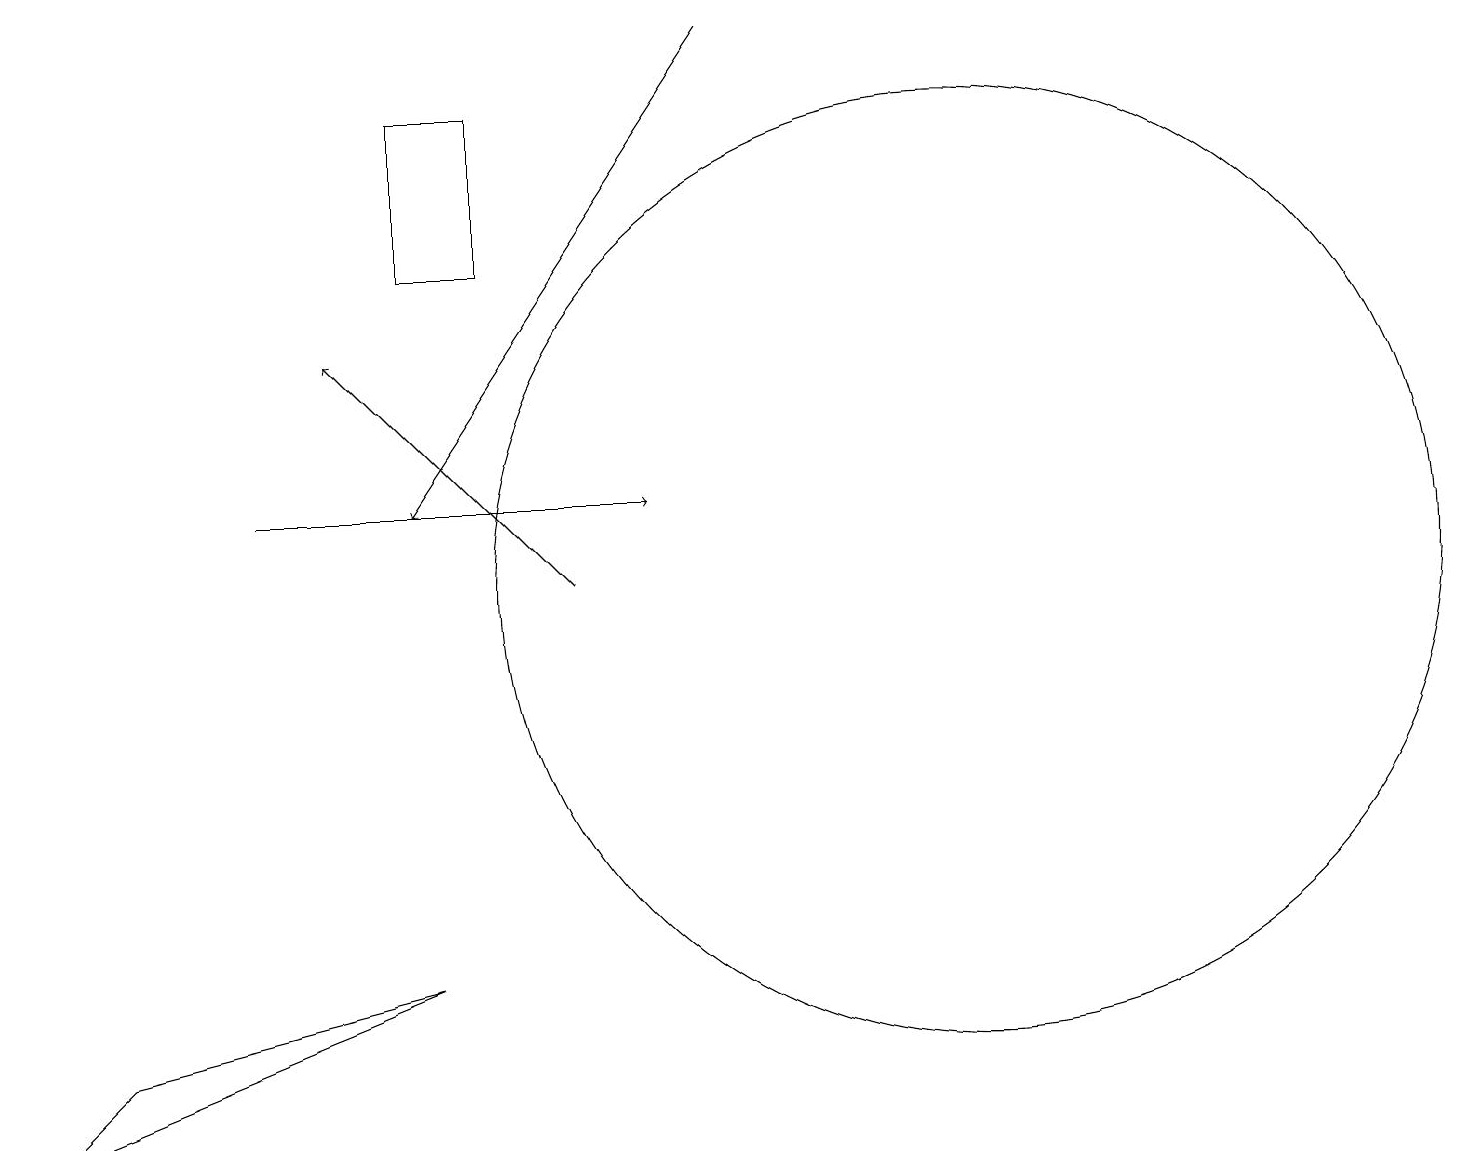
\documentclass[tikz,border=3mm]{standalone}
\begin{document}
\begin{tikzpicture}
\draw (12,12) circle (6);
\draw[->] (3,13) -- (8,13);
\draw (1,6) -- (0,5) -- (5,7) -- cycle;
\draw (5,18) rectangle (6,16);
\draw[->] (7,12) -- (4,15);
\draw[->] (9,19) -- (5,13);
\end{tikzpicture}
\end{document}